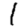
Digit: 1